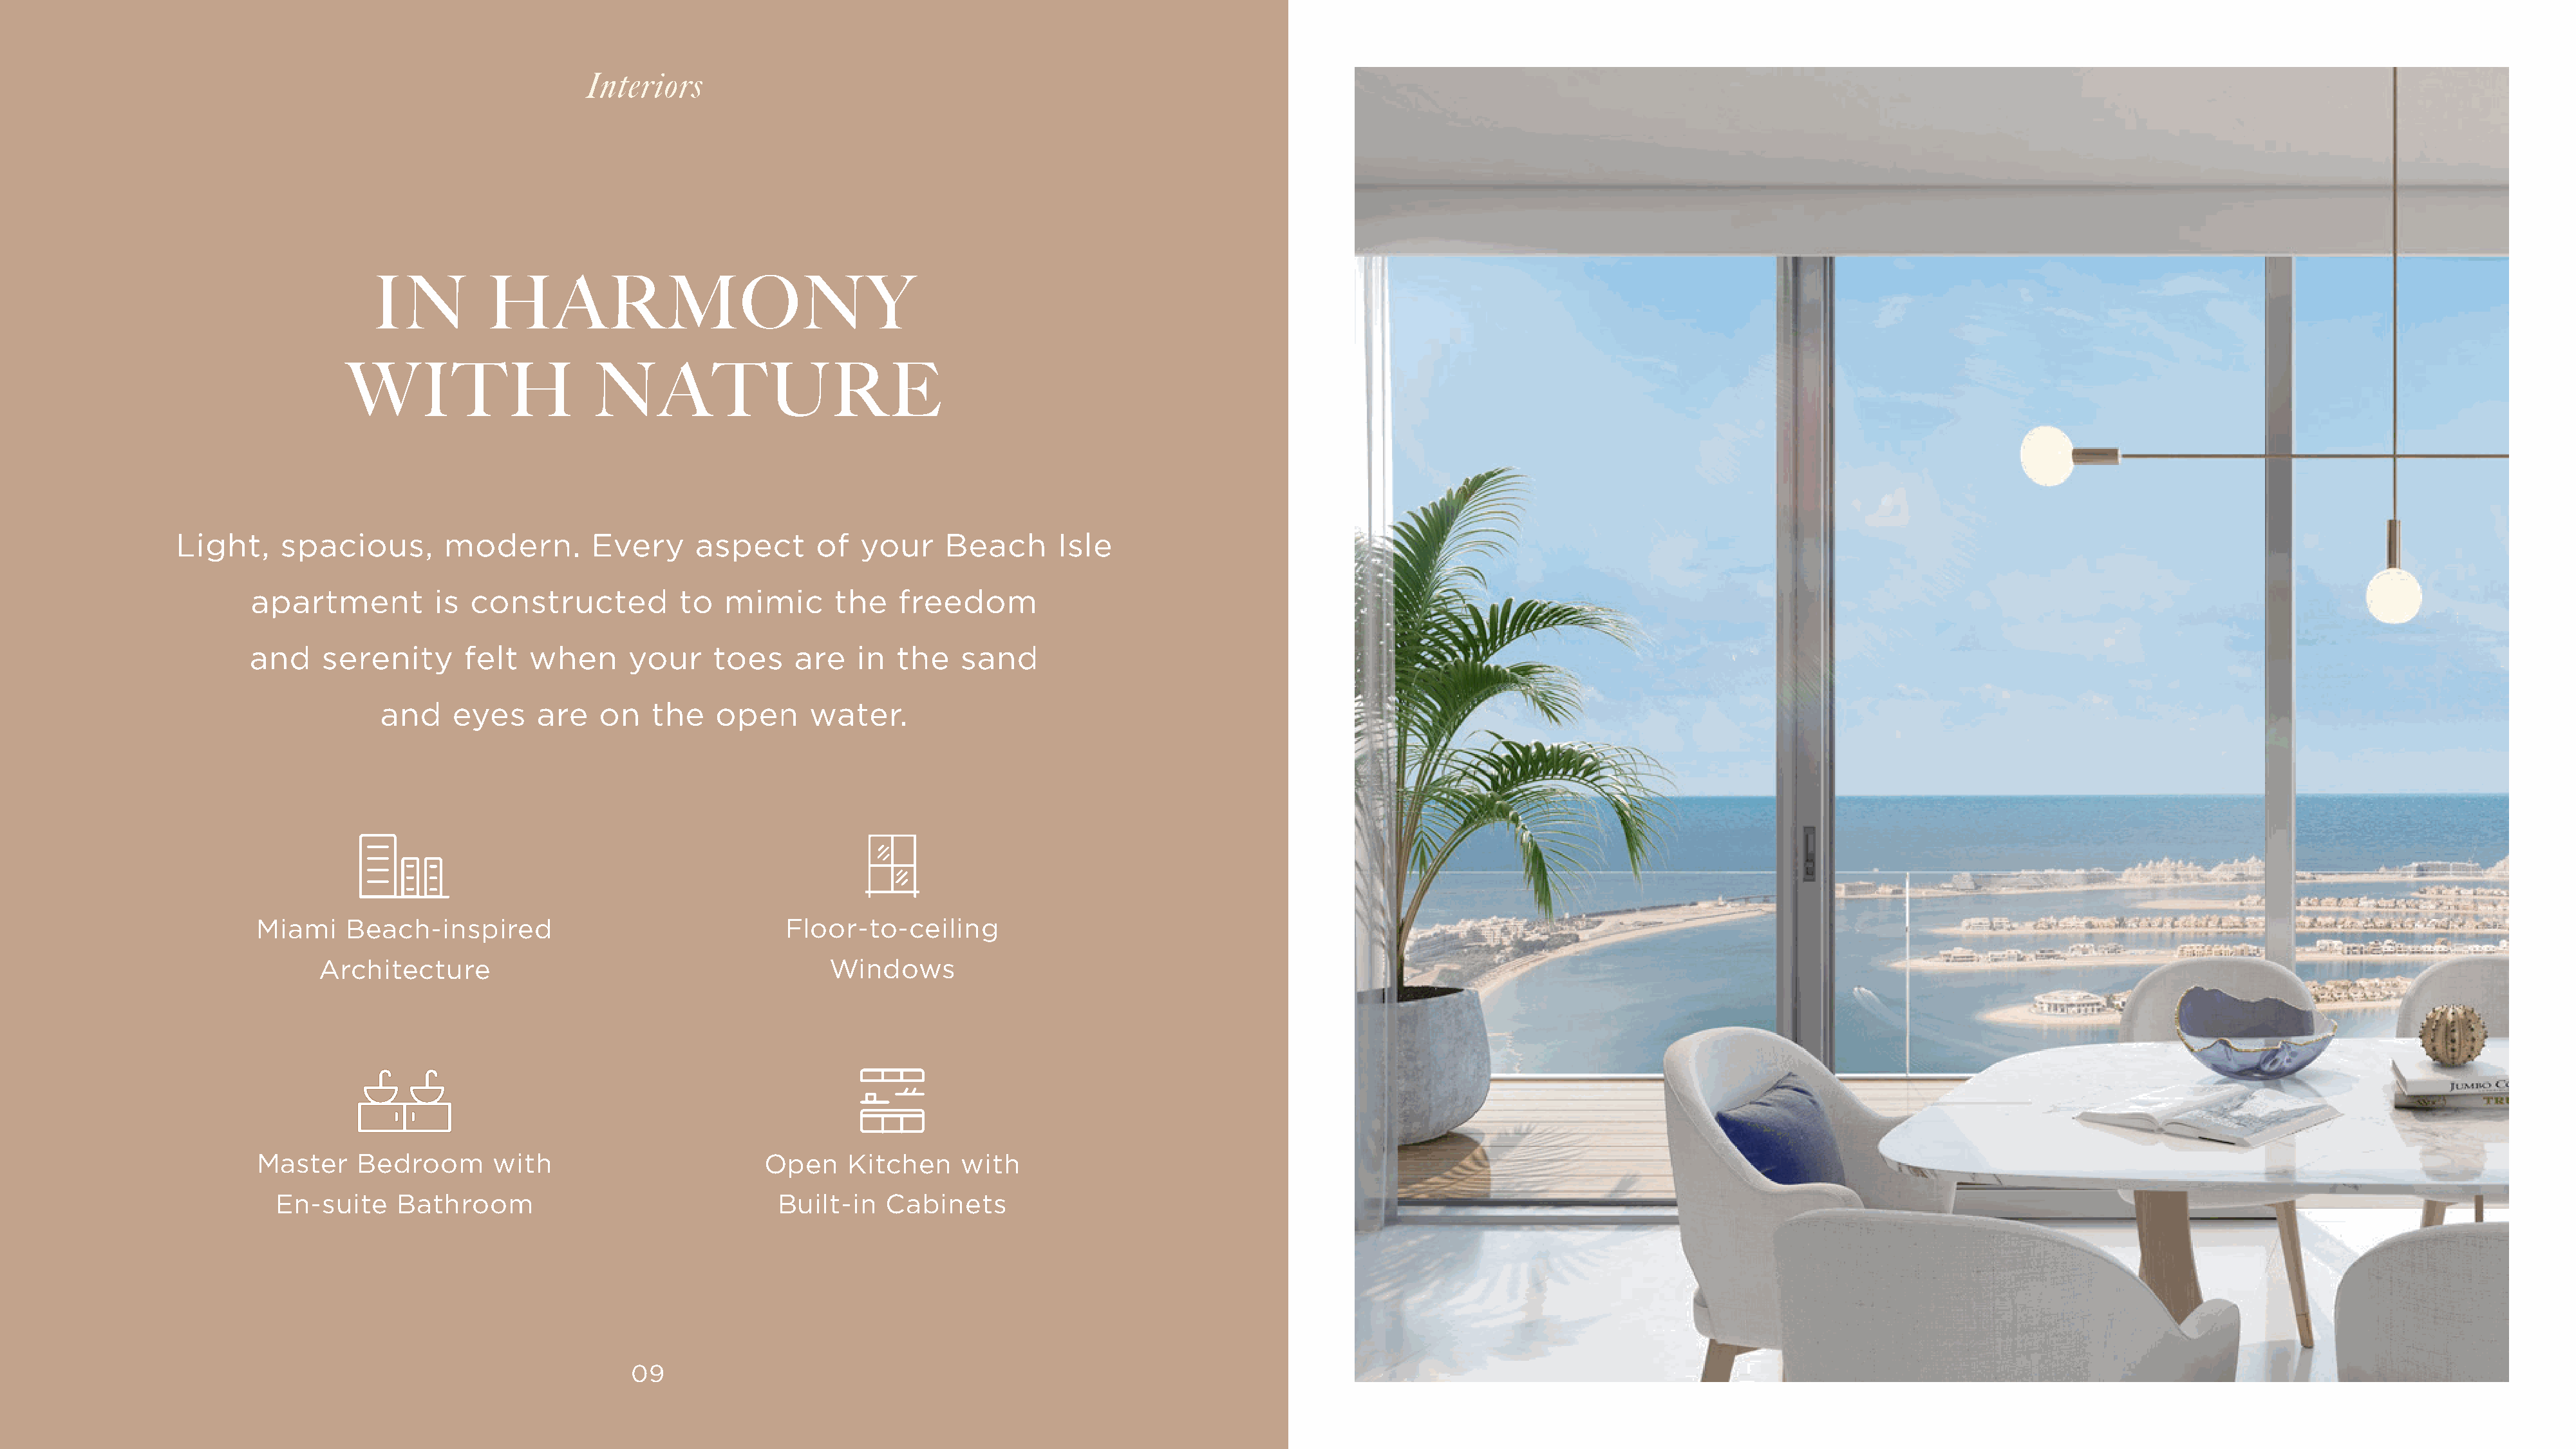
Interiors
 IN          HARMONY
 WITH                     NATURE
 Light,     spacious,        modern.        Every     aspect       of  your     Beach       Isle
 apartment          is constructed           to  mimic       the   freedom
 and    serenity       felt  when       your    toes     are   in  the    sand
 and     eyes    are    on   the    open     water.
 Miami     Beach-inspired                               Floor-to-ceiling
 Architecture                                        Windows
 Master     Bedroom       with                        Open    Kitchen     with
 En-suite     Bathroom                               Built-in   Cabinets
 09